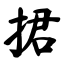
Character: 捃